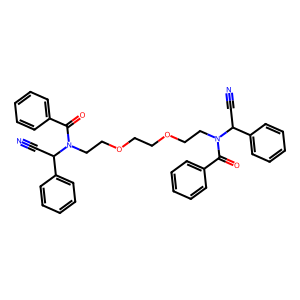
SMILES: N#CC(c1ccccc1)N(CCOCCOCCN(C(=O)c1ccccc1)C(C#N)c1ccccc1)C(=O)c1ccccc1
Inhibits HIV replication: No